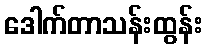
ဒေါက်တာသန်းထွန်း